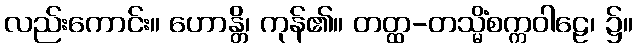
လည်းကောင်း။ ဟောန္တိ၊ ကုန်၏။ တတ္ထ-တသ္မိံစက္ကဝါဠေ၊ ၌။